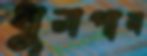
ধুমপান